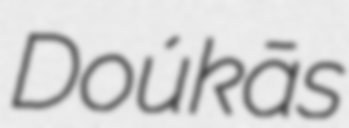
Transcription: Doúkās